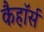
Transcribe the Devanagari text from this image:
कैहॉर्स